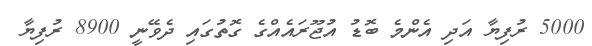
5000 ރުފިޔާ އަދި އެންމެ ބޮޑު އުޖޫރައެއްގެ ގޮތުގައި ދެވޭނީ 8900 ރުފިޔާ